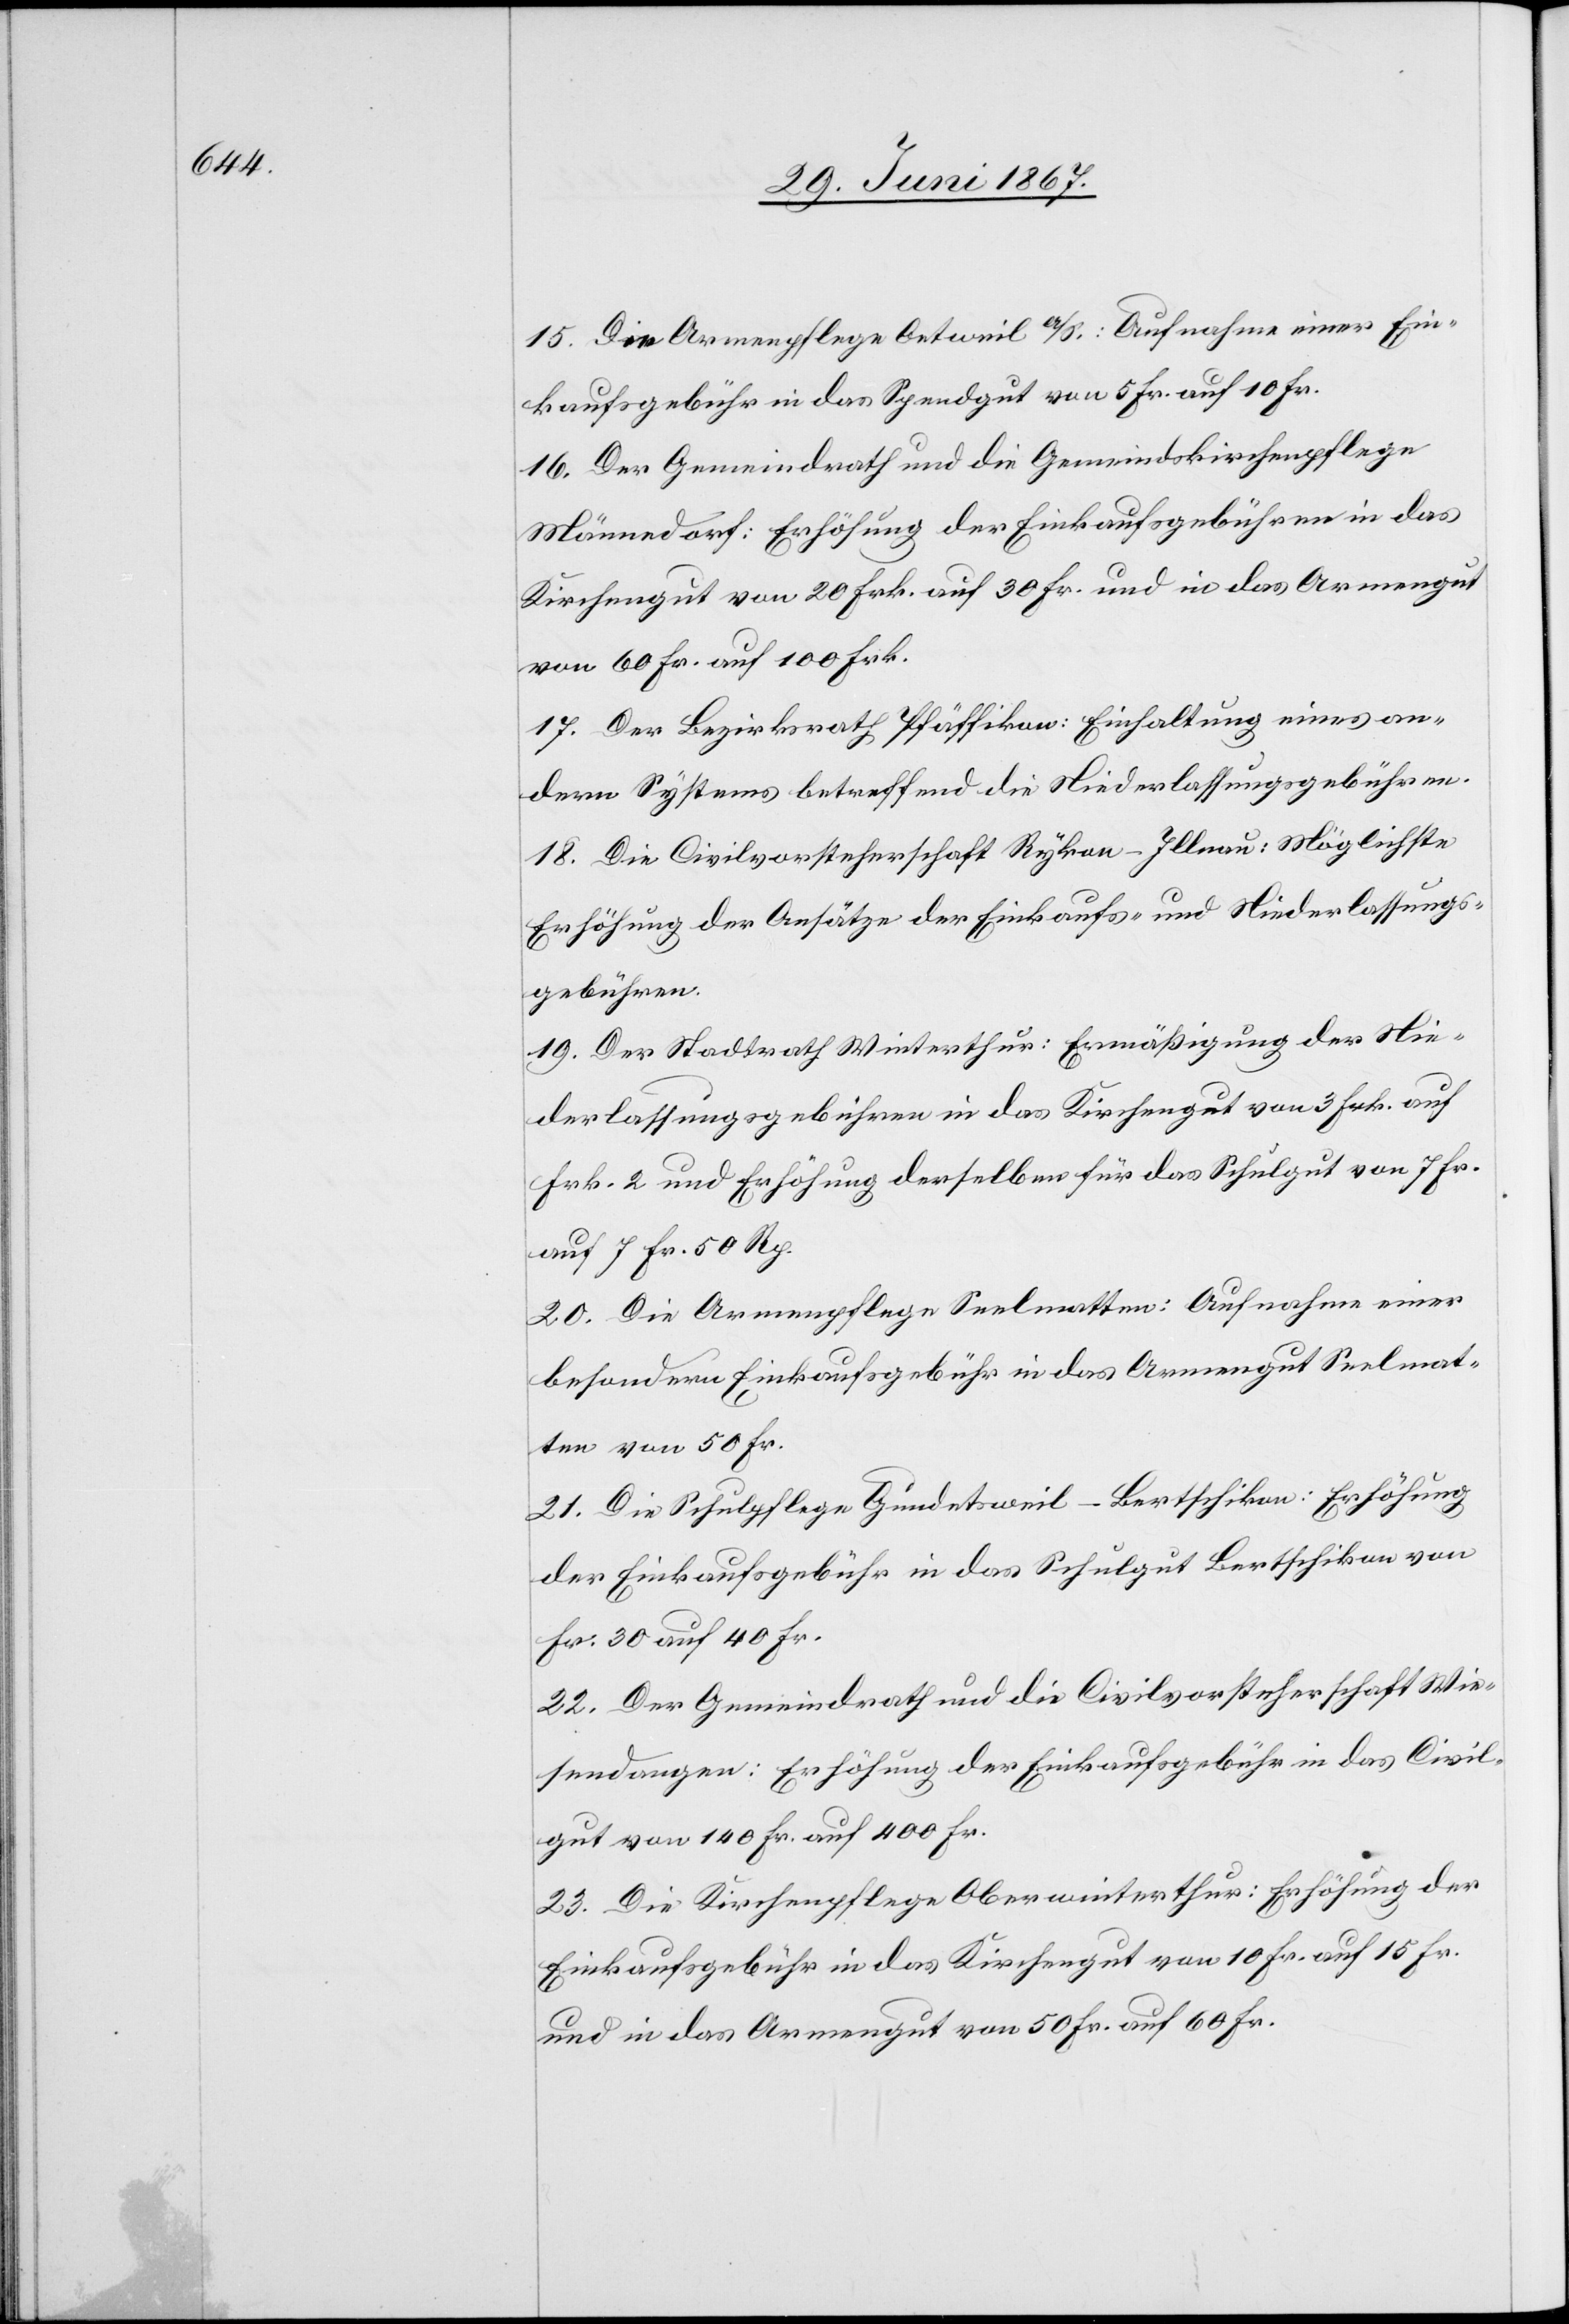
15. Die Armenpflege Oetweil a/S.: Aufnahme [sic!] einer Ein¬
kaufsgebühr in das Spendgut von 5 Fr. auf 10 Fr.
16. Der Gemeindrath und die Gemeindskirchenpflege
Männedorf: Erhöhung der Einkaufsgebühren in das
Kirchengut von 20 Frk. auf 30 Fr. und in das Armengut
von 60 Fr. auf 100 Frk.
17. Der Bezirksrath Pfäffikon: Einhaltung eines an¬
dern Systems betreffend die Niederlassungsgebühren.
18. Die Civilvorsteherschaft Rykon-Illnau: Möglichste
Erhöhung der Ansätze der Einkaufs- und Niederlassungs¬
gebühren.
19. Der Stadtrath Winterthur: Ermäßigung der Nie¬
derlassungsgebühren in das Kirchengut von 3 Frk. auf
Frk. 2 und Erhöhung derselben für das Schulgut von 7 Fr.
auf 7 Fr. 50 Rp.
20. Die Armenpflege Seelmatten: Aufnahme einer
besondern Einkaufsgebühr in das Armengut Seelmat¬
ten von 50 Fr.
21. Die Schulpflege Gundetsweil-Bertschikon: Erhöhung
der Einkaufsgebühr in das Schulgut Bertschikon von
Fr. 30 auf 40 Fr.
22. Der Gemeindrath und die Civilvorsteherschaft Wie¬
sendangen: Erhöhung der Einkaufsgebühr in das Civil¬
gut von 140 Fr. auf 400 Fr.
23. Die Kirchenpflege Oberwinterthur: Erhöhung der
Einkaufsgebühr in das Kirchengut von 10 Fr. auf 15 Fr.
und in das Armengut von 50 Fr. auf 60 Fr.